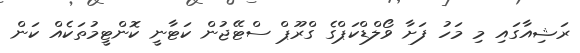
ރަޝިއާގައި މި މަހު ފަށާ ވޯލްޑްކަޕްގެ ގްރޫޕް ސްޓޭޖުން ކަޓާނީ ކޮންޓީމުތަކެއް ކަން